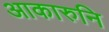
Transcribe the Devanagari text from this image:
आकारुनि